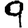
Digit: 9